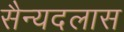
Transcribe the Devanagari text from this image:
सैन्यदलास